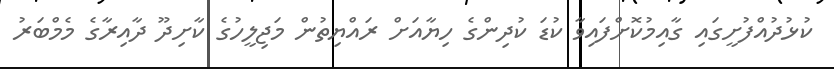
ކުޅުދުއްފުށީގައި ގާއިމުކޮށްފައިވާ ކުޑަ ކުދިންގެ ހިޔާއަށް ރައްޔިތުން މަޖިލީހުގެ ކާށިދޫ ދާއިރާގެ މެމްބަރު